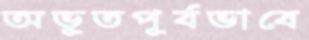
অভূতপূর্বভাবে